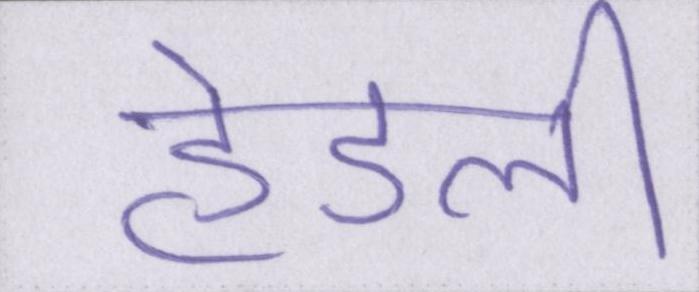
हेडली